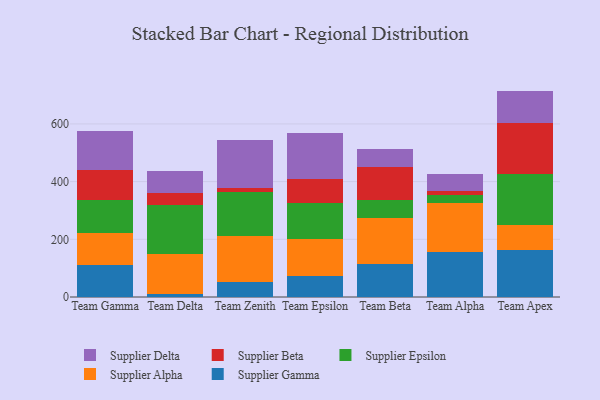
{"axis": {"x": "Team", "y": "Operating Costs (USD K)"}, "legend": ["Supplier Alpha", "Supplier Beta", "Supplier Delta", "Supplier Epsilon", "Supplier Gamma"], "data": [{"x": "Team Gamma", "y": 111.0, "type": "Supplier Gamma"}, {"x": "Team Gamma", "y": 111.5, "type": "Supplier Alpha"}, {"x": "Team Gamma", "y": 113.9, "type": "Supplier Epsilon"}, {"x": "Team Gamma", "y": 105.4, "type": "Supplier Beta"}, {"x": "Team Gamma", "y": 133.3, "type": "Supplier Delta"}, {"x": "Team Delta", "y": 9.9, "type": "Supplier Gamma"}, {"x": "Team Delta", "y": 137.8, "type": "Supplier Alpha"}, {"x": "Team Delta", "y": 171.9, "type": "Supplier Epsilon"}, {"x": "Team Delta", "y": 41.3, "type": "Supplier Beta"}, {"x": "Team Delta", "y": 74.4, "type": "Supplier Delta"}, {"x": "Team Zenith", "y": 53.5, "type": "Supplier Gamma"}, {"x": "Team Zenith", "y": 157.7, "type": "Supplier Alpha"}, {"x": "Team Zenith", "y": 152.5, "type": "Supplier Epsilon"}, {"x": "Team Zenith", "y": 15.4, "type": "Supplier Beta"}, {"x": "Team Zenith", "y": 165.4, "type": "Supplier Delta"}, {"x": "Team Epsilon", "y": 71.9, "type": "Supplier Gamma"}, {"x": "Team Epsilon", "y": 128.8, "type": "Supplier Alpha"}, {"x": "Team Epsilon", "y": 123.7, "type": "Supplier Epsilon"}, {"x": "Team Epsilon", "y": 86.2, "type": "Supplier Beta"}, {"x": "Team Epsilon", "y": 157.2, "type": "Supplier Delta"}, {"x": "Team Beta", "y": 114.9, "type": "Supplier Gamma"}, {"x": "Team Beta", "y": 157.5, "type": "Supplier Alpha"}, {"x": "Team Beta", "y": 63.0, "type": "Supplier Epsilon"}, {"x": "Team Beta", "y": 113.8, "type": "Supplier Beta"}, {"x": "Team Beta", "y": 63.0, "type": "Supplier Delta"}, {"x": "Team Alpha", "y": 157.1, "type": "Supplier Gamma"}, {"x": "Team Alpha", "y": 167.4, "type": "Supplier Alpha"}, {"x": "Team Alpha", "y": 28.9, "type": "Supplier Epsilon"}, {"x": "Team Alpha", "y": 15.1, "type": "Supplier Beta"}, {"x": "Team Alpha", "y": 58.3, "type": "Supplier Delta"}, {"x": "Team Apex", "y": 161.7, "type": "Supplier Gamma"}, {"x": "Team Apex", "y": 87.5, "type": "Supplier Alpha"}, {"x": "Team Apex", "y": 178.2, "type": "Supplier Epsilon"}, {"x": "Team Apex", "y": 174.2, "type": "Supplier Beta"}, {"x": "Team Apex", "y": 113.1, "type": "Supplier Delta"}]}